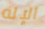
الإله